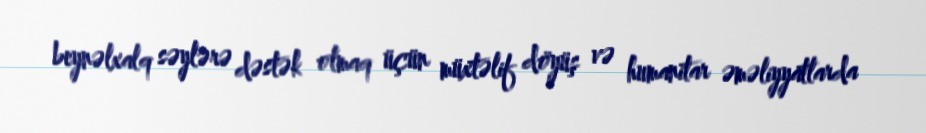
beynəlxalq səylərə dəstək olmaq üçün müxtəlif döyüş və humanitar əməliyyatlarda